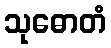
သုဓောတံ